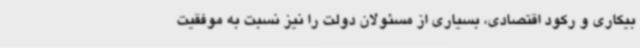
بیکاری و رکود اقتصادی، بسیاری از مسئولان دولت را نیز نسبت به موفقیت